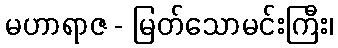
မဟာရာဇ - မြတ်သောမင်းကြီး၊